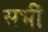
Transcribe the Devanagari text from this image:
सभीं